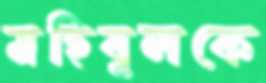
মহিবুলকে